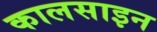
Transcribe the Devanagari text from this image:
कालसाइन